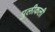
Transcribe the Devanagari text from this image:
पुलीकली